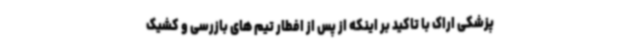
پزشکی اراک با تاکید بر اینکه از پس از افطار تیم های بازرسی و کشیک